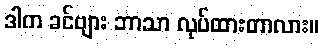
ဒါက ခင်ဗျား ဘာသာ လုပ်ထားတာလား။